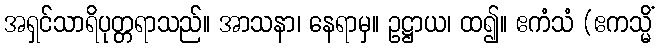
အရှင်သာရိပုတ္တရာသည်။ အာသနာ၊ နေရာမှ။ ဥဋ္ဌာယ၊ ထ၍။ ဧကံသံ (ဧကသ္မိံ